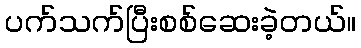
ပက်သက်ပြီးစစ်ဆေးခဲ့တယ်။